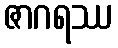
ဇာဂရဿ